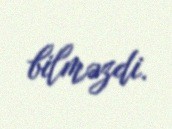
bilməzdi.